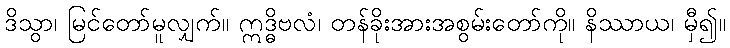
ဒိသွာ၊ မြင်တော်မူလျှက်။ ဣဒ္ဓိဗလံ၊ တန်ခိုးအားအစွမ်းတော်ကို။ နိဿာယ၊ မှီ၍။